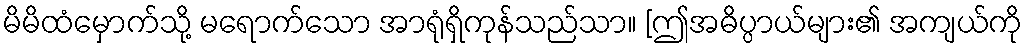
မိမိထံမှောက်သို့ မရောက်သော အာရုံရှိကုန်သည်သာ။ [ဤအဓိပ္ပာယ်များ၏ အကျယ်ကို